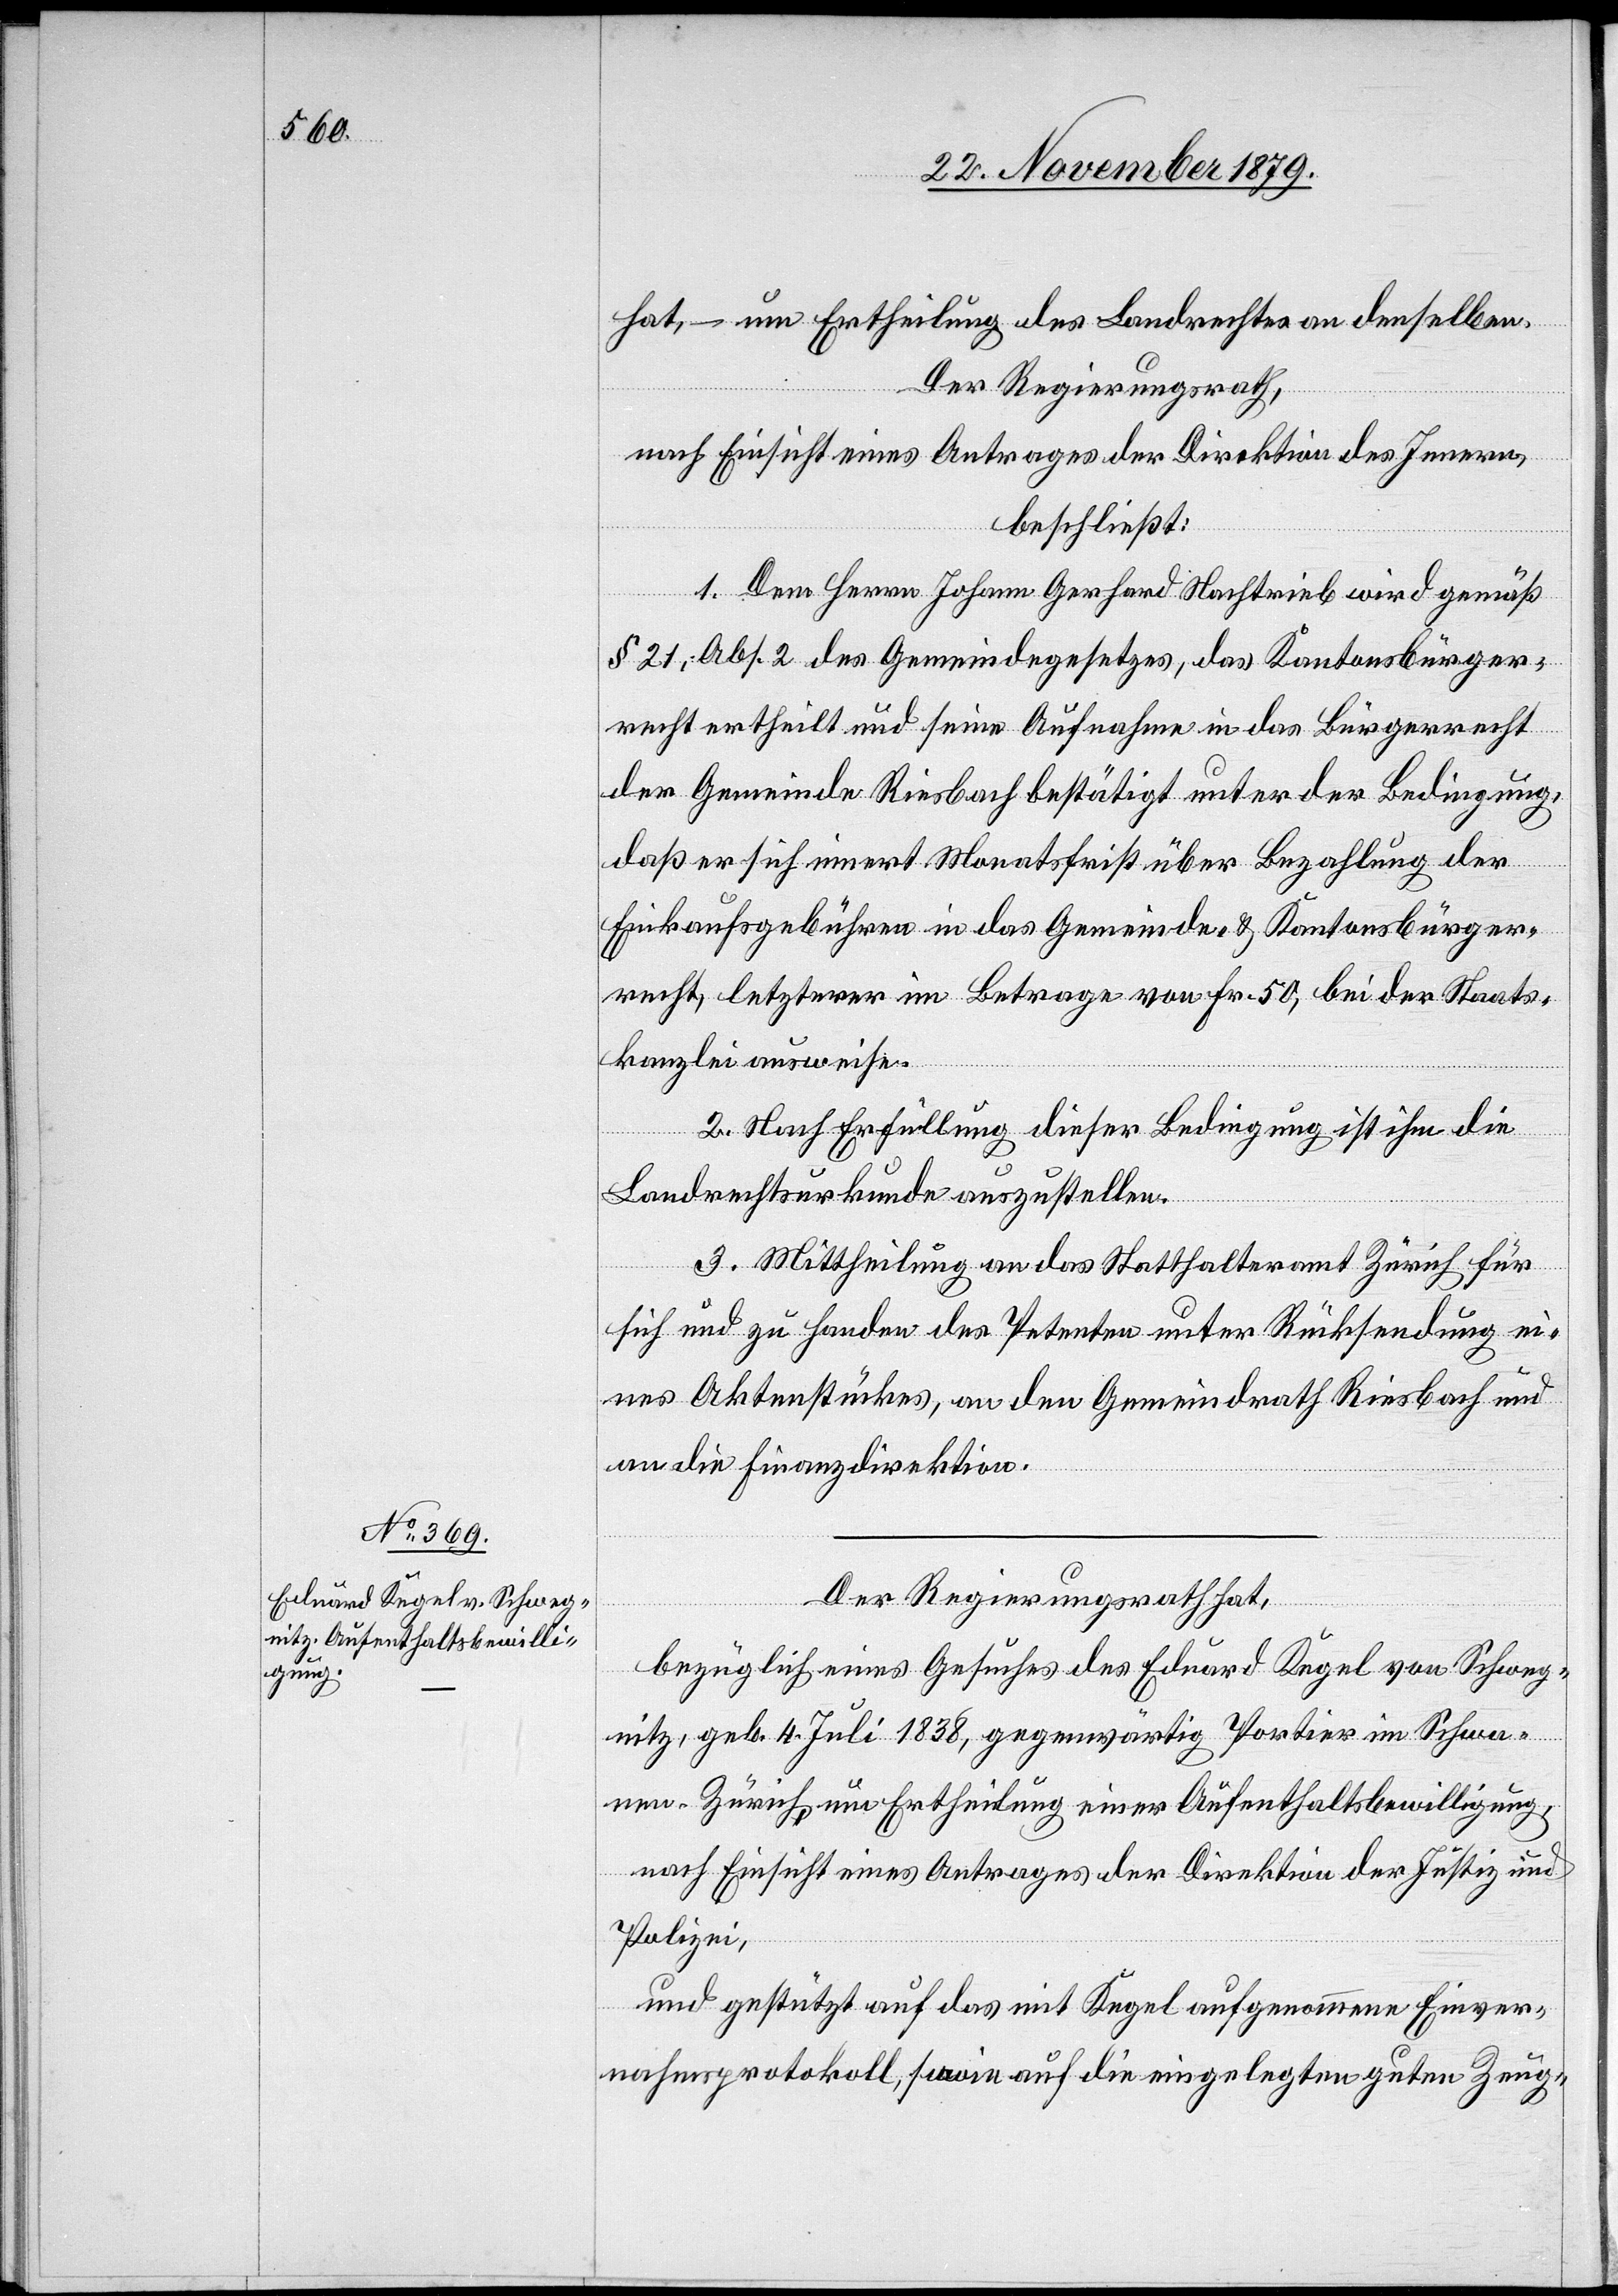
hat, – um Ertheilung des Landrechtes an denselben.
Der Regierungsrath,
nach Einsicht eines Antrages der Direktion des Innern,
beschließt:
1. Dem Herren Johann Gerhard Nachtrieb wird gemäß
§ 21, Abs. 2 des Gemeindegesetzes, das Kantonsbürger¬
recht ertheilt und seine Aufnahme in das Bürgerrecht
der Gemeinde Riesbach bestätigt unter der Bedingung,
daß er sich innert Monatsfrist über Bezahlung der
Einkaufsgebühren in das Gemeinde- & Kantonsbürger¬
recht, letzterer im Betrage von Fr. 50, bei der Staats¬
kanzlei ausweise.
2. Nach Erfüllung dieser Bedingung ist ihm die
Landrechtsurkunde auszustellen.
3. Mittheilung an das Statthalteramt Zürich für
sich und zu Handen des Petenten unter Rücksendung ei¬
nes Aktenstückes, an den Gemeindrath Riesbach und
an die Finanzdirektion.
Der Regierungsrath hat,
bezüglich eines Gesuches des Eduard Kegel von Schweg¬
nitz, geb. 4. Juli 1838, gegenwärtig Portier im Schwa¬
nen Zürich, um Ertheilung einer Aufenthaltsbewilligung
nach Einsicht eines Antrages der Direktion der Justiz &
Polizei,
und gestützt auf das mit Kegel aufgenommene Einver¬
nahmsprotokoll, sowie auf die eingelegten guten Zeug-